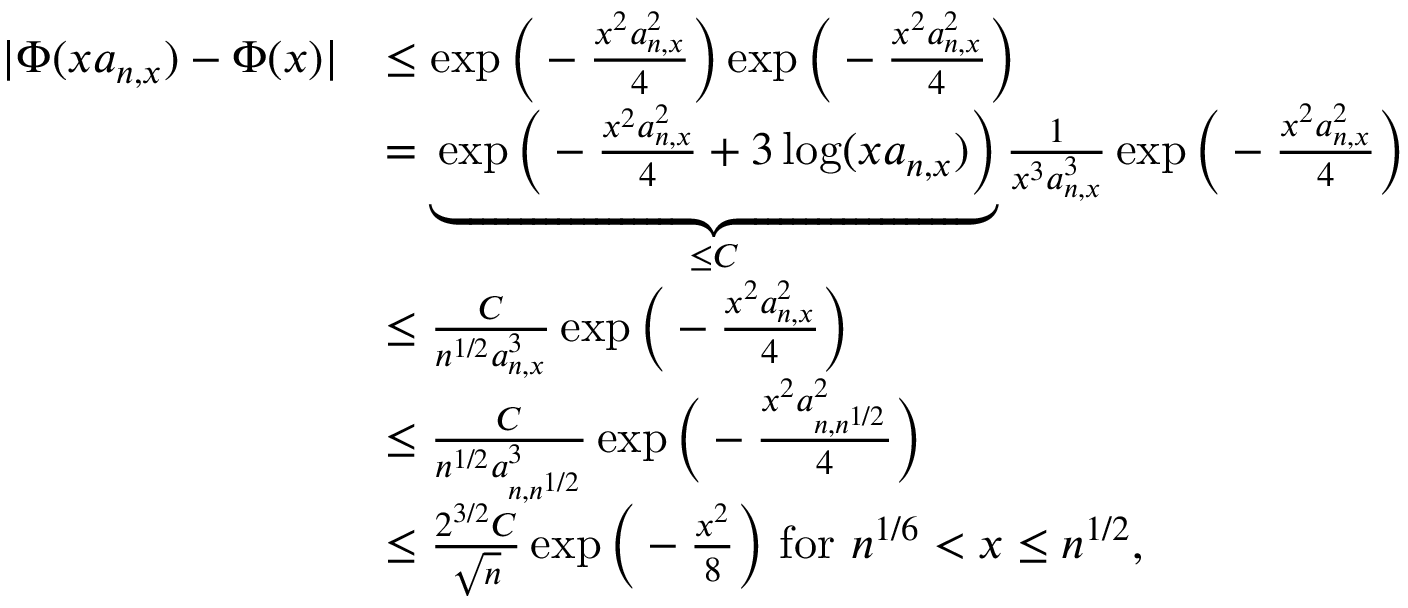
\begin{array} { r l } { | \Phi ( x a _ { n , x } ) - \Phi ( x ) | } & { \leq \exp \Big ( - \frac { x ^ { 2 } a _ { n , x } ^ { 2 } } { 4 } \Big ) \exp \Big ( - \frac { x ^ { 2 } a _ { n , x } ^ { 2 } } { 4 } \Big ) } \\ & { = \underbrace { \exp \Big ( - \frac { x ^ { 2 } a _ { n , x } ^ { 2 } } { 4 } + 3 \log ( x a _ { n , x } ) \Big ) } _ { \leq C } \frac { 1 } { x ^ { 3 } a _ { n , x } ^ { 3 } } \exp \Big ( - \frac { x ^ { 2 } a _ { n , x } ^ { 2 } } { 4 } \Big ) } \\ & { \leq \frac { C } { n ^ { 1 / 2 } a _ { n , x } ^ { 3 } } \exp \Big ( - \frac { x ^ { 2 } a _ { n , x } ^ { 2 } } { 4 } \Big ) } \\ & { \leq \frac { C } { n ^ { 1 / 2 } a _ { n , n ^ { 1 / 2 } } ^ { 3 } } \exp \Big ( - \frac { x ^ { 2 } a _ { n , n ^ { 1 / 2 } } ^ { 2 } } { 4 } \Big ) } \\ & { \leq \frac { 2 ^ { 3 / 2 } C } { \sqrt { n } } \exp \Big ( - \frac { x ^ { 2 } } { 8 } \Big ) \mathrm { ~ f o r ~ } n ^ { 1 / 6 } < x \leq n ^ { 1 / 2 } , } \end{array}